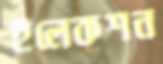
ইলেকশন